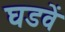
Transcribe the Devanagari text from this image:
घडवें